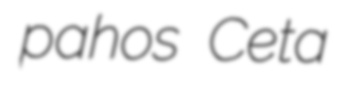
pahos Ceta